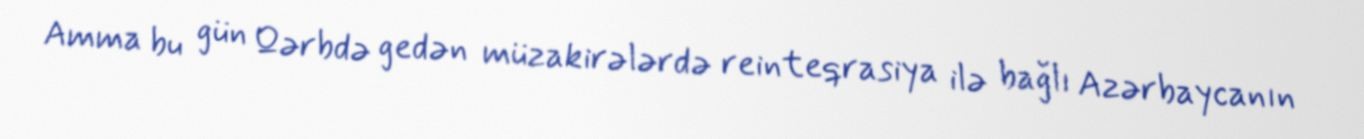
Amma bu gün Qərbdə gedən müzakirələrdə reinteqrasiya ilə bağlı Azərbaycanın